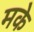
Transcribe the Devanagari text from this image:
मके